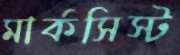
মার্কসিস্ট